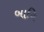
બાનિ